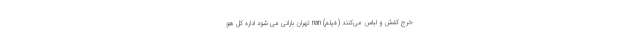
خرج کفش و لباس می‌کنند (فیلم) nan تهران بارانی می شود اداره کل هو